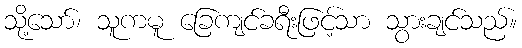
သို့သော်၊ သူကမူ ခြေကျင်ခရီးဖြင့်သာ သွားချင်သည်။